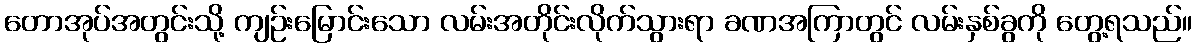
တောအုပ်အတွင်းသို့ ကျဉ်းမြောင်းသော လမ်းအတိုင်းလိုက်သွားရာ ခဏအကြာတွင် လမ်းနှစ်ခွကို တွေ့ရသည်။